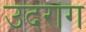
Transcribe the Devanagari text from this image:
उदरांग